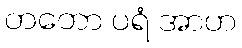
တတော ပရံ အာဟ